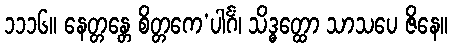
၁၁၁၆။ နေတ္တန္တေ စိတ္တကေ’ပါင်္ဂံ၊ သိဒ္ဓတ္ထော သာသပေ ဇိနေ။